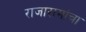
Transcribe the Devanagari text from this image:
राजारामांचा